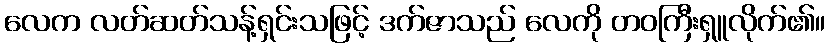
လေက လတ်ဆတ်သန့်ရှင်းသဖြင့် ဒက်ဇာသည် လေကို တဝကြီးရှူလိုက်၏။